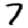
Digit: 7